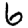
Digit: 6